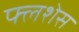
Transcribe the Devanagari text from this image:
फ्लशेस